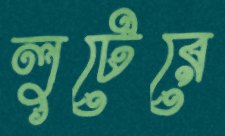
লুটেরে